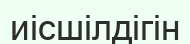
иісшілдігін